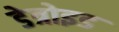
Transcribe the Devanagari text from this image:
डेत्रोइड